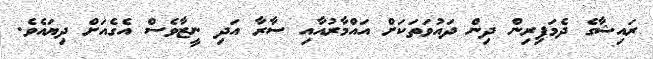
ރައިޝާގެ ދެމަފިރިން ދިން ދައުވަތަކަށް އައްމާރުއާއި ސާރާ އަދި ނީޒާވެސް އެގެއަށް ދިޔައެވެ.